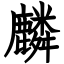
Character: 麟